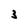
Character: 3